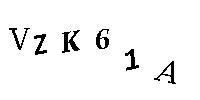
VZK61A